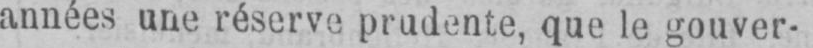
années une réserve prudente, que le gouver-